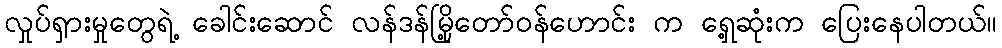
လှုပ်ရှားမှုတွေရဲ့ ခေါင်းဆောင် လန်ဒန်မြို့တော်ဝန်ဟောင်း က ရှေ့ဆုံးက ပြေးနေပါတယ်။